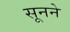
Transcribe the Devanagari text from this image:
सूनने